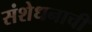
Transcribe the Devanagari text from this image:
संशेधनाची